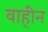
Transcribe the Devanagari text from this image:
वाहीन